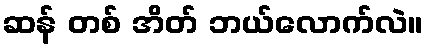
ဆန် တစ် အိတ် ဘယ်လောက်လဲ။